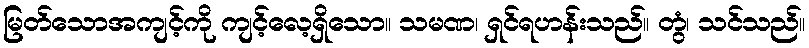
မြတ်သောအကျင့်ကို ကျင့်လေ့ရှိသော။ သမဏ၊ ရှင်ရဟန်းသည်။ တွံ၊ သင်သည်။